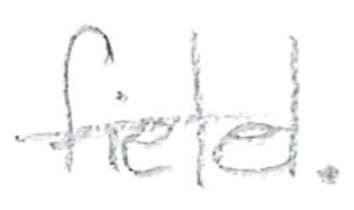
Text: field.
Cross-out: mix
Writing tool: pencil